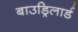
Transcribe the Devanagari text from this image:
बाउड्रिलार्ड